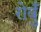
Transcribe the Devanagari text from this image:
रोवुँ